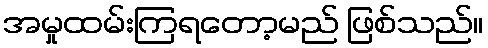
အမှုထမ်းကြရတော့မည် ဖြစ်သည်။